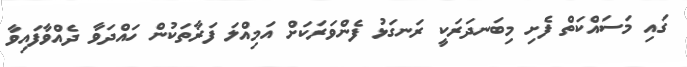
ގައި މަސައްކަތް ފެށި މިބަނދަރަކީ ރަނގަޅު ފެންވަރަކަށް އަމިއްލަ ފަރާތަކުން ހައްދަވާ ދެއްވާފައިވާ